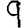
Digit: 9